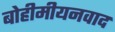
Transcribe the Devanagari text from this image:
बोहीमीयनवाद